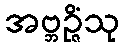
အဗ္ဘဉ္ဇိံသု